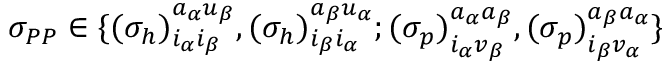
\begin{array} { r } { \sigma _ { P P } \in \{ { ( \sigma _ { h } ) } _ { i _ { \alpha } i _ { \beta } } ^ { a _ { \alpha } u _ { \beta } } , { ( \sigma _ { h } ) } _ { i _ { \beta } i _ { \alpha } } ^ { a _ { \beta } u _ { \alpha } } ; { ( \sigma _ { p } ) } _ { i _ { \alpha } v _ { \beta } } ^ { a _ { \alpha } a _ { \beta } } , { ( \sigma _ { p } ) } _ { i _ { \beta } v _ { \alpha } } ^ { a _ { \beta } a _ { \alpha } } \} } \end{array}